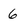
Character: 6